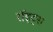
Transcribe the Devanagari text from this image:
रॉइट्स